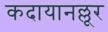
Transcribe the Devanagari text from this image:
कदायानल्लूर